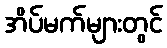
အိပ်မက်များတွင်